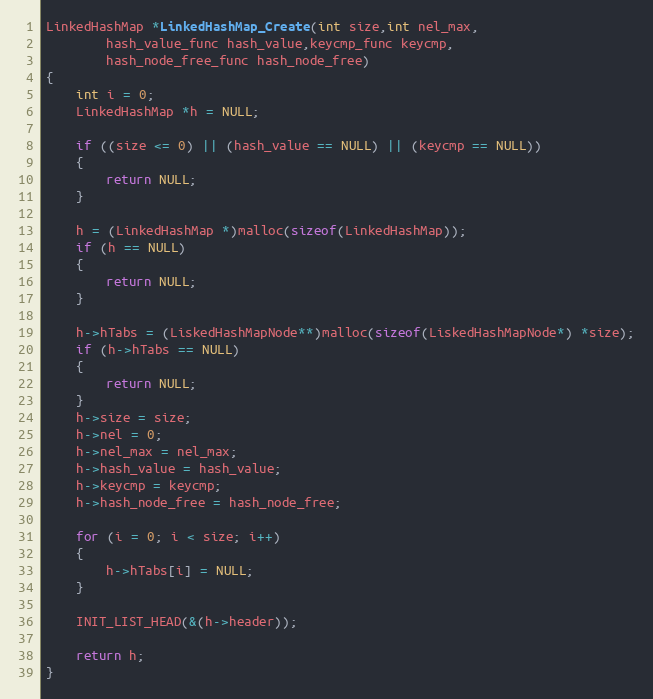
Language: C
LinkedHashMap *LinkedHashMap_Create(int size,int nel_max,
		hash_value_func hash_value,keycmp_func keycmp,
		hash_node_free_func hash_node_free)
{
	int i = 0;
	LinkedHashMap *h = NULL;

	if ((size <= 0) || (hash_value == NULL) || (keycmp == NULL))
	{
		return NULL;
	}

	h = (LinkedHashMap *)malloc(sizeof(LinkedHashMap));
	if (h == NULL)
	{
		return NULL;
	}

	h->hTabs = (LiskedHashMapNode**)malloc(sizeof(LiskedHashMapNode*) *size);
	if (h->hTabs == NULL)
	{
		return NULL;
	}
	h->size = size;
	h->nel = 0;
	h->nel_max = nel_max;
	h->hash_value = hash_value;
	h->keycmp = keycmp;
	h->hash_node_free = hash_node_free;

	for (i = 0; i < size; i++)
	{
		h->hTabs[i] = NULL;
	}

	INIT_LIST_HEAD(&(h->header));

	return h;
}